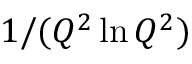
1 / ( Q ^ { 2 } \ln Q ^ { 2 } )